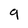
Character: 9